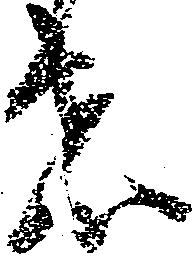
者